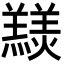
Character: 𦏠